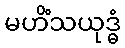
မဟိံသယုဒ္ဓံ